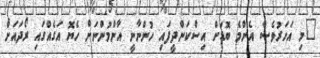
"މި އަހަރުވެސް އެންމެ ބޮޑަށް އިސްކަންދީފައި ހުންނާނީ އާންމުންނަށް ހެޔޮ އަގެއްގައި ރޯދައަށް